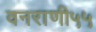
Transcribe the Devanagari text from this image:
वनराणी५५